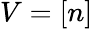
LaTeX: V=[n]